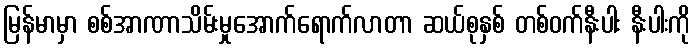
မြန်မာမှာ စစ်အာဏာသိမ်းမှုအောက်ရောက်လာတာ ဆယ်စုနှစ် တစ်ဝက်နီးပါး နီးပါးကို